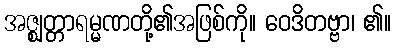
အဇ္ဈတ္တာရမ္မဏတို့၏အဖြစ်ကို။ ဝေဒိတဗ္ဗာ၊ ၏။